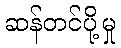
ဆန်တင်ပို့မှု